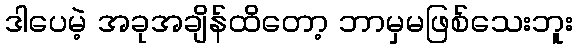
ဒါပေမဲ့ အခုအချိန်ထိတော့ ဘာမှမဖြစ်သေးဘူး